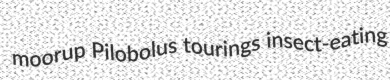
moorup Pilobolus tourings insect-eating